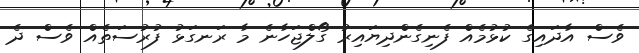
ވެސް އާދައިގެ ކުޅުމެއް ފެނިގެންދިޔައިރު ގޯލްޖަހާނެ މާ ރަނގަޅު ފުރުސަތެއް ވެސް ދެ